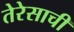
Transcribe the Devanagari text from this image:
तेरेसाची